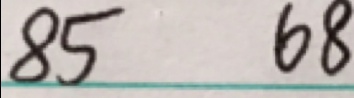
8 5 6 8